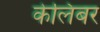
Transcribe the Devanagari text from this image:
केलिबर